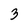
Character: 3